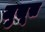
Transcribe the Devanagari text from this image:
जुसूस